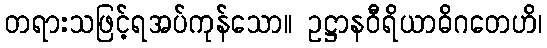
တရားသဖြင့်ရအပ်ကုန်သော။ ဥဋ္ဌာနဝီရိယာဓိဂတေဟိ၊